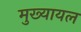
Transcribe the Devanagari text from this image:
मुख्‍यायल